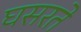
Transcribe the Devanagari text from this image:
घसरते